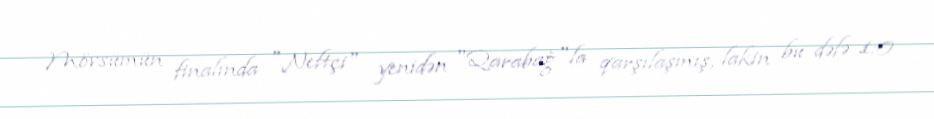
Mövsümün finalında "Neftçi" yenidən "Qarabağ"la qarşılaşmış, lakin bu dəfə 1:0